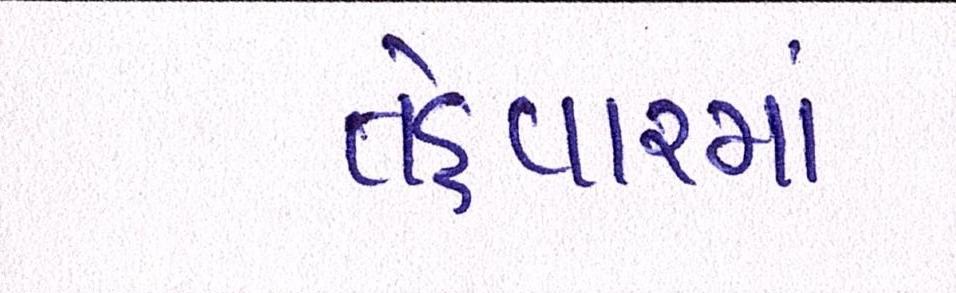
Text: તહેવારમાં